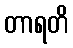
တာရတိ